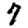
Digit: 7